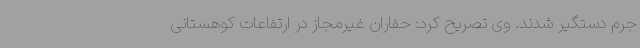
جرم دستگیر شدند. وی تصریح کرد: حفاران غیرمجاز در ارتفاعات کوهستانی